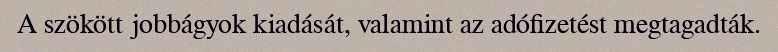
A szökött jobbágyok kiadását, valamint az adófizetést megtagadták.